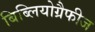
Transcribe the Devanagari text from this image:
बिब्लियोग्रैफीज